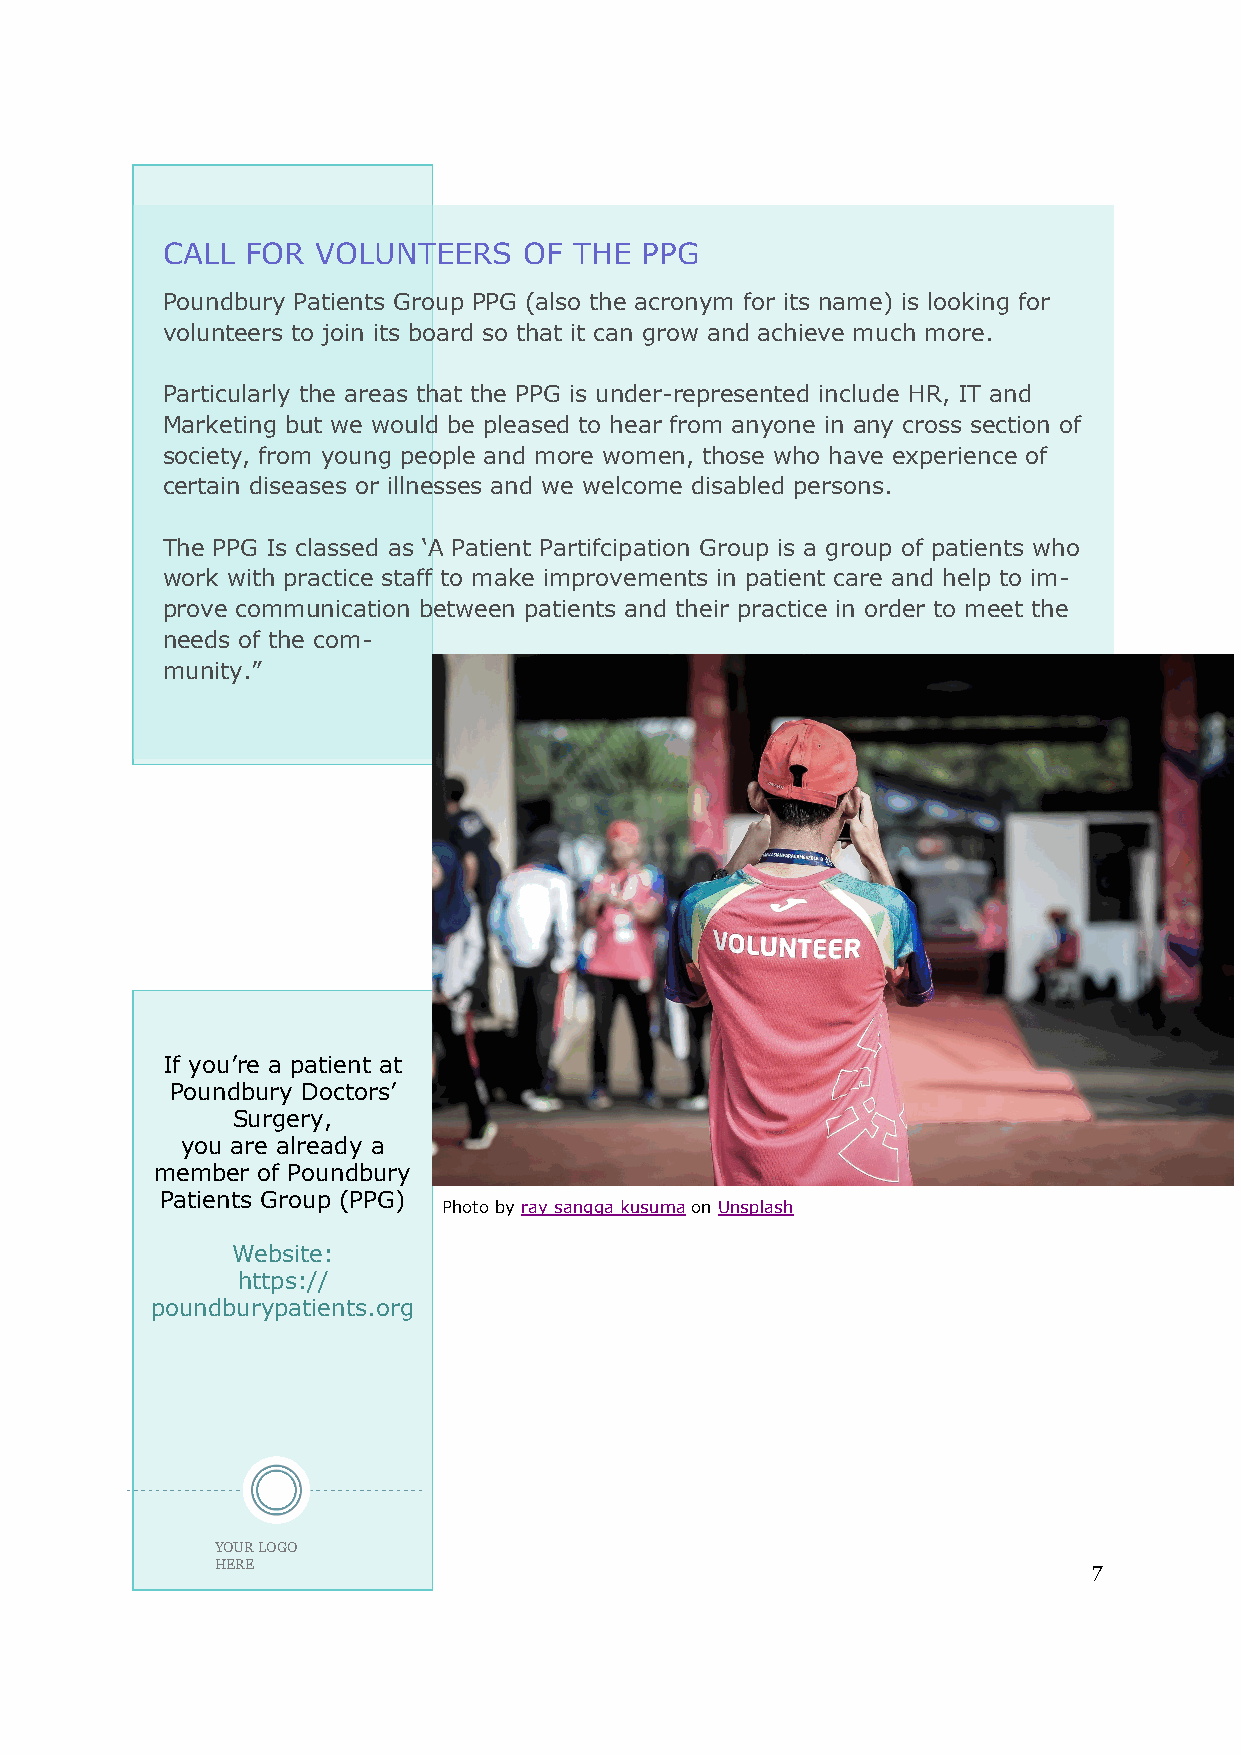
CALL FOR  VOLUNTEERS    OF THE PPG
 Poundbury Patients Group PPG (also the acronym for its name) is looking for
 volunteers to join its board so that it can grow and achieve much more.
 -
 Particularly the areas that the PPG is under represented include HR, IT and
 Marketing but we would be pleased to hear from anyone in any cross section of
 society, from young people and more women, those who have experience of
 certain diseases or illnesses and we welcome disabled persons.
 The PPG Is classed as ‘A Patient Partifcipation Group is a group of patients who
 work with practice staff to make improvements in patient care and help to im-
 prove communication between patients and their practice in order to meet the
 needs of the com-
 munity.”
 If you’re a patient at
 Poundbury Doctors’
 Surgery,
 you are already a
 member of Poundbury
 Patients Group (PPG)
 Photo by ray sangga kusuma on Unsplash
 Website:
 https://
 poundburypatients.org
 YOUR LOGO
 HERE                                                      7